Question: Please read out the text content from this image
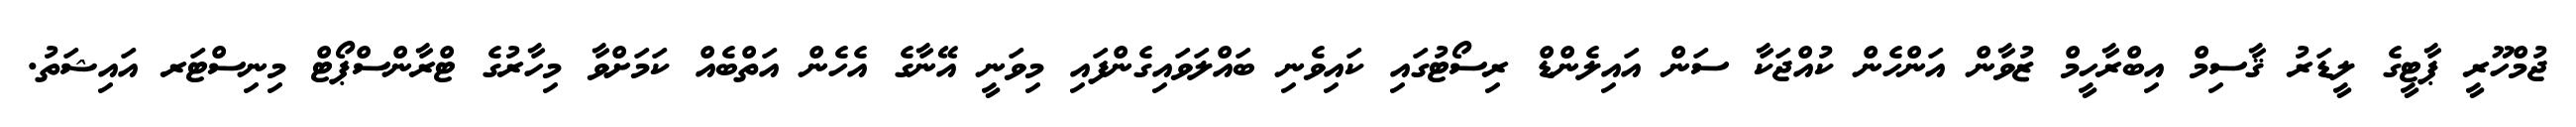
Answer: ޖުމްހޫރީ ޕާޓީގެ ލީޑަރު ޤާސިމް އިބްރާހީމް ޒުވާން އަންހެން ކުއްޖަކާ ސަން އައިލެންޑް ރިސޯޓުގައި ކައިވެނި ބައްލަވައިގެންފައި މިވަނީ އޭނާގެ އެހެން އަތްބެއް ކަމަށްވާ މިހާރުގެ ޓްރާންސްޕޯޓް މިނިސްޓަރ އައިޝަތު.